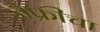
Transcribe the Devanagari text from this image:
जेफ्रीचा